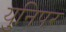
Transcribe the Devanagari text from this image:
युनिपर